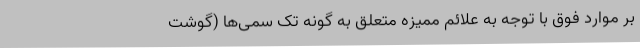
بر موارد فوق با توجه به علائم ممیزه متعلق به گونه تک سمی‌ها (گوشت